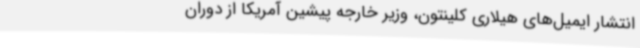
انتشار ایمیل‌های هیلاری کلینتون، وزیر خارجه پیشین آمریکا از دوران